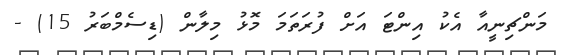
މަންޗިނީއާ އެކު އިންޓަ އަށް ފުރަތަމަ މޮޅު މިލާން (ޑިސެމްބަރު 15) -